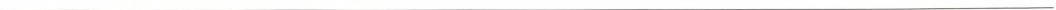
___